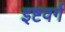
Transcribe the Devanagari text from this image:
इष्टवर्ग